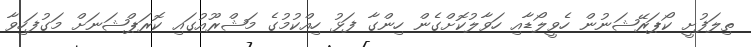
ތިލަފުށީ ކޯޕަރޭޝަނުން ހެވީލޯޑާއި ހަވާލުކޮށްގެން ހިންގާ ފަޅު ހިއްކުމުގެ މަޝްރޫއުގައި ކޮރަޕްޝަނަށް މަގުފަހިވާ